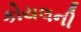
કોયલની